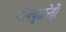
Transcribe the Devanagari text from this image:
गोनबुद्धारेड्डी